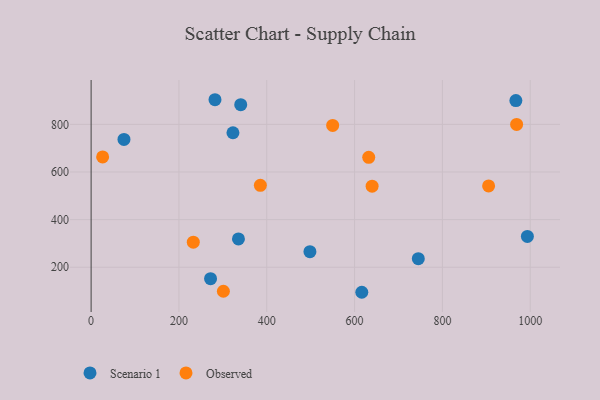
{"axis": {"x": "Engine Size", "y": "Rating"}, "legend": ["Observed", "Scenario 1"], "data": [{"x": "745.1", "y": 236.1, "type": "Scenario 1"}, {"x": "282.1", "y": 903.6, "type": "Scenario 1"}, {"x": "335.5", "y": 318.9, "type": "Scenario 1"}, {"x": "272.0", "y": 152.2, "type": "Scenario 1"}, {"x": "340.7", "y": 882.9, "type": "Scenario 1"}, {"x": "74.8", "y": 736.7, "type": "Scenario 1"}, {"x": "993.5", "y": 329.4, "type": "Scenario 1"}, {"x": "498.3", "y": 265.6, "type": "Scenario 1"}, {"x": "323.0", "y": 765.0, "type": "Scenario 1"}, {"x": "616.4", "y": 94.9, "type": "Scenario 1"}, {"x": "967.3", "y": 900.2, "type": "Scenario 1"}, {"x": "969.0", "y": 799.8, "type": "Observed"}, {"x": "905.2", "y": 541.6, "type": "Observed"}, {"x": "632.2", "y": 661.5, "type": "Observed"}, {"x": "639.9", "y": 540.4, "type": "Observed"}, {"x": "550.1", "y": 795.7, "type": "Observed"}, {"x": "26.2", "y": 663.2, "type": "Observed"}, {"x": "385.4", "y": 543.9, "type": "Observed"}, {"x": "232.7", "y": 305.5, "type": "Observed"}, {"x": "301.2", "y": 99.1, "type": "Observed"}]}